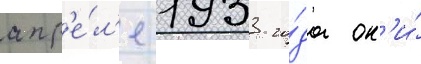
апр'е́л'е 1933 го́да он'и́